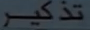
تذكر